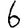
Digit: 6